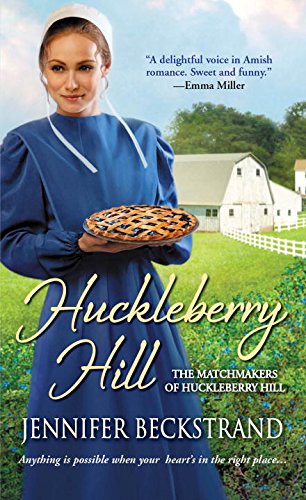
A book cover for Huckleberry Hill (The Matchmakers of Huckleberry Hill); Jennifer Beckstrand; Romance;